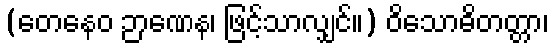
(တေနေဝ ဉာဏေန၊ ဖြင့်သာလျှင်။) ဝိသောဓိတတ္တာ၊